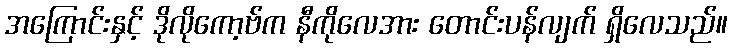
အကြောင်းနှင့် ဒိုလိုကော့ဗ်က နီကိုလေအား တောင်းပန်လျက် ရှိလေသည်။